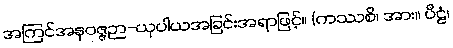
အကြင်အနဝဇ္ဇဉာ-ယုပါယအခြင်းအရာဖြင့်။ (ကဿစိ၊ အား။ ပီဠံ၊